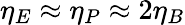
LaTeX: \eta_{E}\approx\eta_{P}\approx 2\eta_{B}